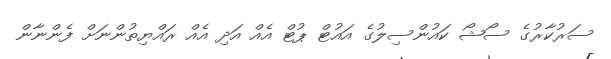
ސަރުކާރުގެ ސޯޝޯ ކައުންސިލުގެ އައުޓް ޕުޓް އެއް އަދި އެއް ރައްޔިތުންނަށް ފެންނާން